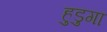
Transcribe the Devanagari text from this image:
हुडुगा